Indian journal of veterinary science and animal husbandry - Volume 12,
Year: 1942
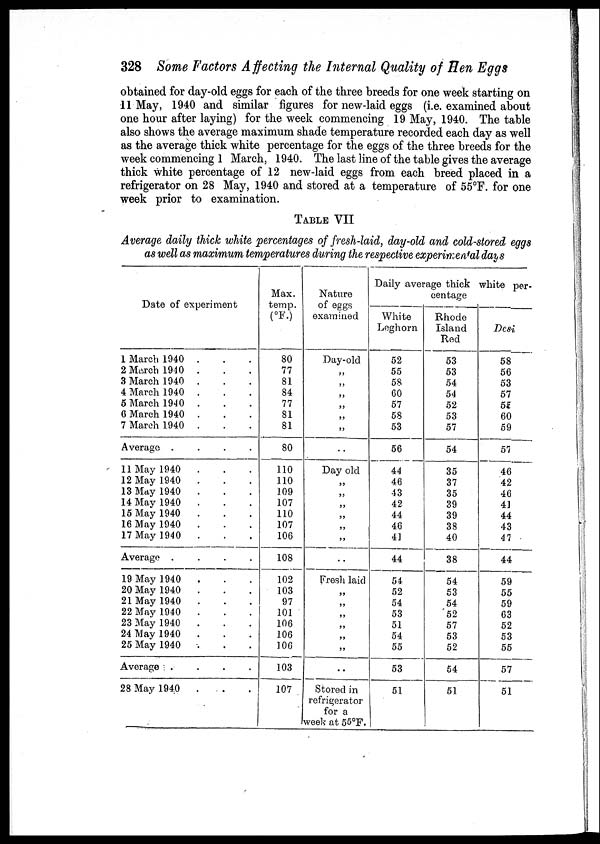
328 Some Factors Affecting the Internal Quality of Hen Eggs
obtained for day-old eggs for each of the three breeds for one week starting on
11 May, 1940 and similar figures for new-laid eggs (i.e. examined about
one hour after laying) for the week commencing 19 May, 1940. The table
also shows the average maximum shade temperature recorded each day as well
as the average thick white percentage for the eggs of the three breeds for the
week commencing 1 March, 1940. The last line of the table gives the average
thick white percentage of 12 new-laid eggs from each breed placed in a
refrigerator on 28 May, 1940 and stored at a temperature of 55°F. for one
week prior to examination.
TABLE VII
Average daily thick white percentages of fresh-laid, day-old and cold-stored eggs
as well as maximum temperatures during the respective experimental days
Date of experiment
1 March 1940 . . .
2 March 1940 . . .
3 March 1940 . . .
4 March 1940 . . .
5 March 1940 . . .
6 March 1940 . . .
7 March 1940 . . .
Average
....
11 May 1940 . . .
12 May 1940 . . .
13 May 1940 . . .
14 May 1940 . . .
15 May 1940 . . .
16 May 1940 . . .
17 May 1940 . . .
Average
....
19 May 1940 . . .
20 May 1940 . . .
21 May 1940 . . .
22 May 1940 . . .
23 May 1940 . . .
24 May 1940 . . .
25 May 1940 . . .
Average . . . .
28 May 1940 . . .
Max.
temp.
(°F.)
80
77
81
84
77
81
81
80
110
110
109
107
110
107
106
108
102
103
97
101
106
106
106
103
107
Nature
of eggs
examined
Day-old
„
„
„
„
„
„
..
Day old
„
„
„
„
„
„
..
Fresh laid
„
„
„
„
„
„
..
Stored in
refrigerator
for a
week at 55°F.
Daily average thick white per-
centage
White
Leghorn
52
55
58
60
57
58
53
56
44
46
43
42
44
46
41
44
54
52
54
53
51
54
55
53
51
Rhode
Island
Red
53
53
54
54
52
53
57
54
35
37
35
39
39
38
40
38
54
53
54
52
57
53
52
54
51
Desi
58
56
53
57
55
60
59
57
46
42
46
41
44
43
47
44
59
55
59
63
52
53
55
57
51